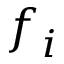
f _ { i }